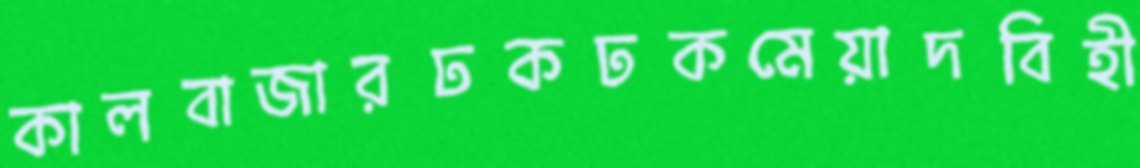
কালবাজারঢকঢকমেয়াদবিহী